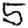
Digit: 5